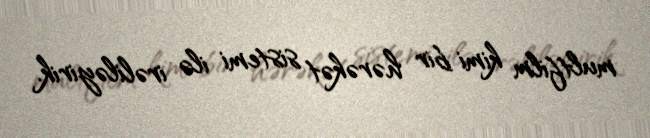
multfilm kimi bir hərəkət sistemi ilə irəliləyirik.